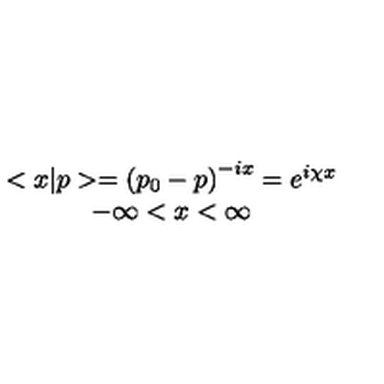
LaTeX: \begin{array} { c } { < x | p > = \left( p _ { 0 } - p \right) ^ { - i x } = e ^ { i \chi x } } \\ { - \infty < x < \infty } \\ \end{array}